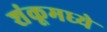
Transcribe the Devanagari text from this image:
शंकूमध्ये